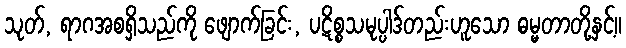
သုတ်, ရာဂအစရှိသည်ကို ဖျောက်ခြင်း, ပဋိစ္စသမုပ္ပါဒ်တည်းဟူသော ဓမ္မတာတို့နှင့်။